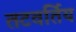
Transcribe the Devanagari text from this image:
तटवर्तिय